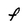
Character: F